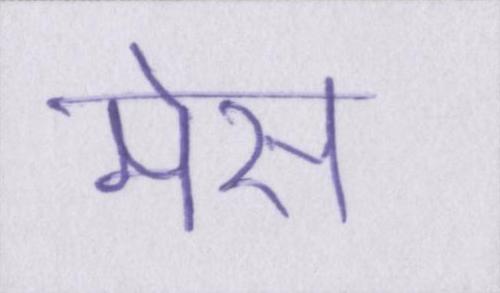
मेस